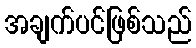
အချက်ပင်ဖြစ်သည်